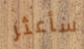
سأعثر